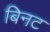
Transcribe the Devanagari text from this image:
बिनट